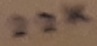
Text: 22k